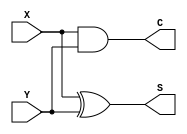
/*
 * Generated by Digital. Don't modify this file!
 * Any changes will be lost if this file is regenerated.
 */

module HalfAdderAdd (
  input X,
  input Y,
  output S,
  output C
);
  assign S = (X ^ Y);
  assign C = (X & Y);
endmodule

module Fulladder (
  input ci,
  input a,
  input b,
  output s,
  output co
);
  wire s0;
  wire s1;
  wire s2;
  HalfAdderAdd HalfAdderAdd_i0 (
    .X( a ),
    .Y( b ),
    .S( s0 ),
    .C( s2 )
  );
  HalfAdderAdd HalfAdderAdd_i1 (
    .X( ci ),
    .Y( s0 ),
    .S( s ),
    .C( s1 )
  );
  assign co = (s1 | s2);
endmodule

module bb_fulladder (
  input ci,
  input a,
  input b,
  output s,
  output co
);
  Fulladder Fulladder_i0 (
    .ci( ci ),
    .a( a ),
    .b( b ),
    .s( s ),
    .co( co )
  );
endmodule